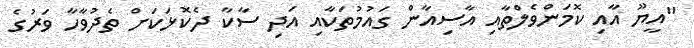
"އީޔޫ އާއި ކޮމަންވެލްތާއި އާސިއާން ގައުމުތަކާއި އަދި ސާކާ ދެކޮޅަކަށް ތެދުވާހާ ވަރުގެ